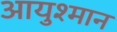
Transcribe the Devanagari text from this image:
आयुश्मान